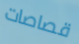
قصاصات